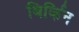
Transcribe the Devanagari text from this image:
बिर्किन